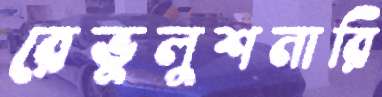
রেভুলুশনারি